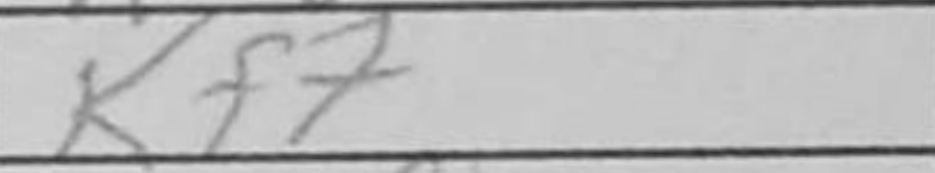
Transcription: Kf7